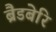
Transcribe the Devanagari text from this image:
ब्रैडबेरि